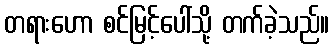
တရားဟော စင်မြင့်ပေါ်သို့ တက်ခဲ့သည်။